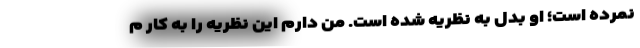
نمرده است؛ او بدل به نظریه شده است. من دارم این نظریه را به کار م